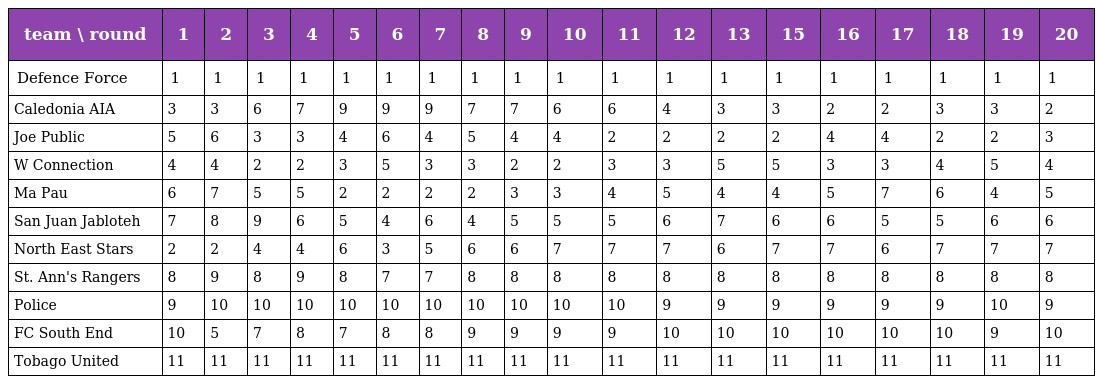
| team \ round | 1 | 2 | 3 | 4 | 5 | 6 | 7 | 8 | 9 | 10 | 11 | 12 | 13 | 15 | 16 | 17 | 18 | 19 | 20 |
 | --- | --- | --- | --- | --- | --- | --- | --- | --- | --- | --- | --- | --- | --- | --- | --- | --- | --- | --- | --- |
 | Defence Force | 1 | 1 | 1 | 1 | 1 | 1 | 1 | 1 | 1 | 1 | 1 | 1 | 1 | 1 | 1 | 1 | 1 | 1 | 1 |
 | Caledonia AIA | 3 | 3 | 6 | 7 | 9 | 9 | 9 | 7 | 7 | 6 | 6 | 4 | 3 | 3 | 2 | 2 | 3 | 3 | 2 |
 | Joe Public | 5 | 6 | 3 | 3 | 4 | 6 | 4 | 5 | 4 | 4 | 2 | 2 | 2 | 2 | 4 | 4 | 2 | 2 | 3 |
 | W Connection | 4 | 4 | 2 | 2 | 3 | 5 | 3 | 3 | 2 | 2 | 3 | 3 | 5 | 5 | 3 | 3 | 4 | 5 | 4 |
 | Ma Pau | 6 | 7 | 5 | 5 | 2 | 2 | 2 | 2 | 3 | 3 | 4 | 5 | 4 | 4 | 5 | 7 | 6 | 4 | 5 |
 | San Juan Jabloteh | 7 | 8 | 9 | 6 | 5 | 4 | 6 | 4 | 5 | 5 | 5 | 6 | 7 | 6 | 6 | 5 | 5 | 6 | 6 |
 | North East Stars | 2 | 2 | 4 | 4 | 6 | 3 | 5 | 6 | 6 | 7 | 7 | 7 | 6 | 7 | 7 | 6 | 7 | 7 | 7 |
 | St. Ann's Rangers | 8 | 9 | 8 | 9 | 8 | 7 | 7 | 8 | 8 | 8 | 8 | 8 | 8 | 8 | 8 | 8 | 8 | 8 | 8 |
 | Police | 9 | 10 | 10 | 10 | 10 | 10 | 10 | 10 | 10 | 10 | 10 | 9 | 9 | 9 | 9 | 9 | 9 | 10 | 9 |
 | FC South End | 10 | 5 | 7 | 8 | 7 | 8 | 8 | 9 | 9 | 9 | 9 | 10 | 10 | 10 | 10 | 10 | 10 | 9 | 10 |
 | Tobago United | 11 | 11 | 11 | 11 | 11 | 11 | 11 | 11 | 11 | 11 | 11 | 11 | 11 | 11 | 11 | 11 | 11 | 11 | 11 |